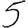
Digit: 5